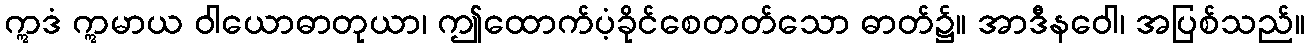
ဣဒံ ဣမာယ ဝါယောဓာတုယာ၊ ဤထောက်ပံ့ခိုင်စေတတ်သော ဓာတ်၌။ အာဒီနဝေါ၊ အပြစ်သည်။